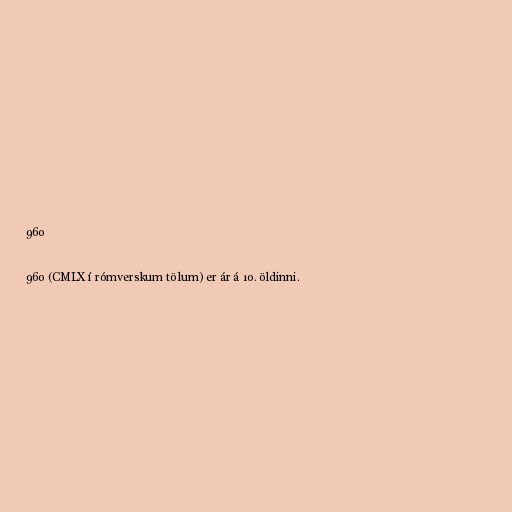
960

960 (CMLX í rómverskum tölum) er ár á 10. öldinni.